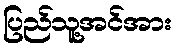
ပြည်သူ့အင်အား